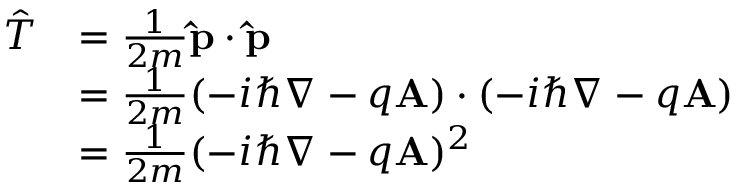
{ \begin{array} { r l } { { \hat { T } } } & { = { \frac { 1 } { 2 m } } \mathbf { \hat { p } } \cdot \mathbf { \hat { p } } } \\ & { = { \frac { 1 } { 2 m } } ( - i \hbar \nabla - q \mathbf { A } ) \cdot ( - i \hbar \nabla - q \mathbf { A } ) } \\ & { = { \frac { 1 } { 2 m } } ( - i \hbar \nabla - q \mathbf { A } ) ^ { 2 } } \end{array} } \,